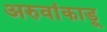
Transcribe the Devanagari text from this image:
अरुवांकाडू